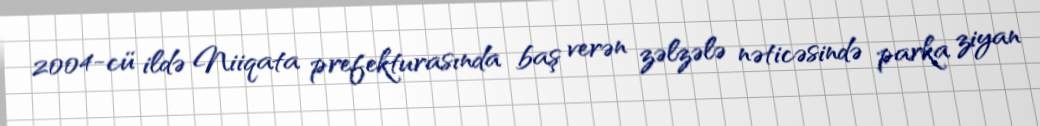
2004-cü ildə Niiqata prefekturasında baş verən zəlzələ nəticəsində parka ziyan